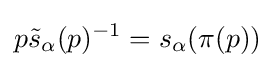
p{\tilde {s}}_{\alpha }(p)^{-1}=s_{\alpha }(\pi (p))